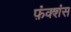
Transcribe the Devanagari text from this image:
फ़ंक्शंस